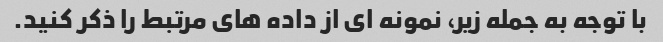
با توجه به جمله زیر، نمونه ای از داده های مرتبط را ذکر کنید.